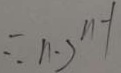
\therefore n - 2 ^ { n - 1 }